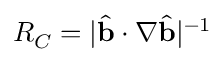
R _ { C } = | \hat { \bf b } \cdot \nabla \hat { \bf b } | ^ { - 1 }